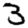
Digit: 3